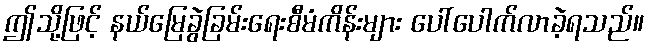
ဤသို့ဖြင့် နယ်မြေခွဲခြမ်းရေးစီမံကိန်းများ ပေါ်ပေါက်လာခဲ့ရသည်။